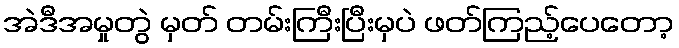
အဲဒီအမှုတွဲ မှတ် တမ်းကြီးပြီးမှပဲ ဖတ်ကြည့်ပေတော့